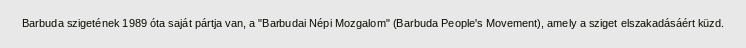
Barbuda szigetének 1989 óta saját pártja van, a "Barbudai Népi Mozgalom" (Barbuda People's Movement), amely a sziget elszakadásáért küzd.